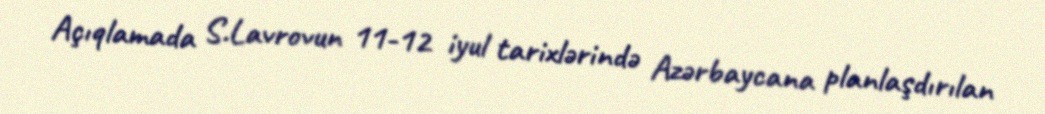
Açıqlamada S.Lavrovun 11-12 iyul tarixlərində Azərbaycana planlaşdırılan